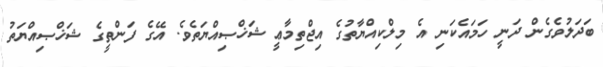
ބަދަލުވެގެން ދަނީ ހަމައެކަނި އެ މިލްކިއްޔާތުގެ އިޖްތިމާޢީ ޝަޚްޞިއްޔަތެވެ. އޭގެ ފަންތީގެ ޝަޚްޞިއްޔަތު